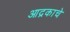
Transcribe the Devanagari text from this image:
आद्रकाचे